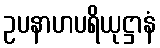
ဥပနာဟပရိယုဋ္ဌာနံ